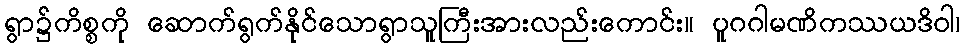
ရွာ၌ကိစ္စကို ဆောက်ရွက်နိုင်သောရွာသူကြီးအားလည်းကောင်း။ ပူဂဂါမဏိကဿယဒိဝါ၊